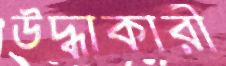
উদ্ধাকারী